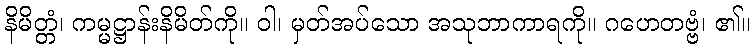
နိမိတ္တံ၊ ကမ္မဋ္ဌာန်းနိမိတ်ကို။ ဝါ၊ မှတ်အပ်သော အသုဘာကာရကို။ ဂဟေတဗ္ဗံ၊ ၏။